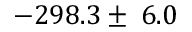
- 2 9 8 . 3 \pm \: 6 . 0